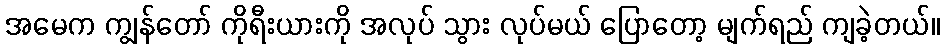
အမေက ကျွန်တော် ကိုရီးယားကို အလုပ် သွား လုပ်မယ် ပြောတော့ မျက်ရည် ကျခဲ့တယ်။